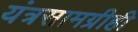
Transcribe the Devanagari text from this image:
यंत्रसामग्रीही